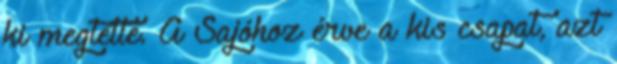
ki megtette. A Sajóhoz érve a kis csapat, azt